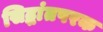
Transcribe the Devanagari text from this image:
सिद्धांतपरक